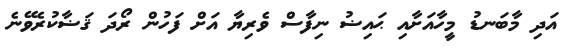
އަދި މާބަނޑު މީހާއަށާއި ޙައިޟު ނިފާސް ވެރިޔާ އަށް ފަހުން ރޯދަ ޤަޟާކުރެވޭނެ